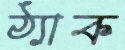
ঠ্যাক